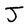
Character: J